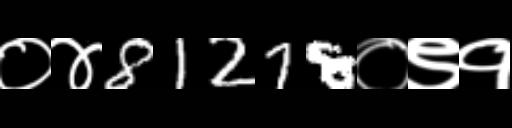
Text: ०४81278०९१